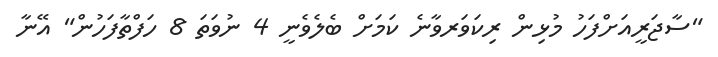
"ސާޖަރީއަށްފަހު މުޅިން ރިކަވަރވާނެ ކަމަށް ބެލެވެނީ 4 ނުވަތަ 8 ހަފްތާފަހުން" އޭނާ